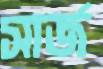
সার্জ